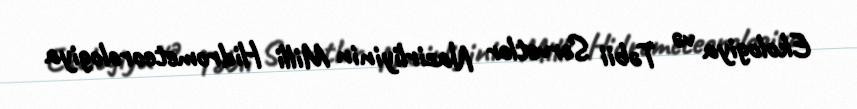
Ekologiya və Təbii Sərvətlər Nazirliyinin Milli Hidrometeorologiya